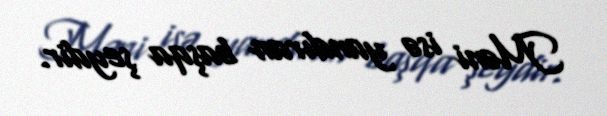
Məni isə yandıran başqa şeydir.